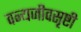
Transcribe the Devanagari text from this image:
वन्यजीवसृष्टी